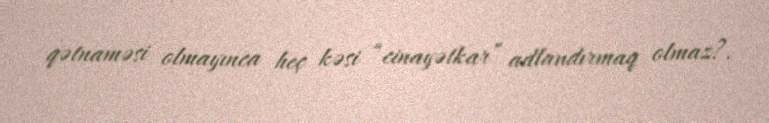
qətnaməsi olmayınca heç kəsi “cinayətkar” adlandırmaq olmaz?.